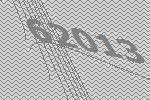
62013